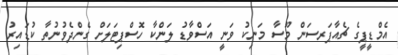
އެމްޑީޕީގެ ޗެއާޕަރސަން މޫސާ މަނިކު ވަނީ އަސްވާޑު ލަންކާ ހޮސްޕިޓަލަށް ގެންދެވުނުތާ ކުޑައިރު